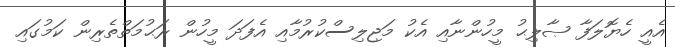
އެއީ ހެޔޮލަފާ ޞާލިޙު މީހުންނާއި އެކު މަޖިލިސްކުރުމާއި އެފަދަ މީހުން ރަޙުމަތްތެރިން ކަމުގައި